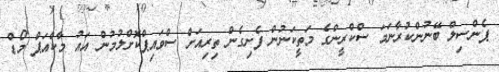
ޕެންސިލް ބޭނުންކުރާނަމަ ސްކްރީންގެ މަތީކަނުން ފެށިގެން ތިރިއަށް ސްވައިޕްކޮށްލުމުން އައު މާކްއަޕް މޯޑް